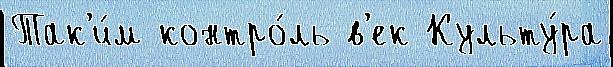
Так'и́м контро́ль в'ек Культу́ра